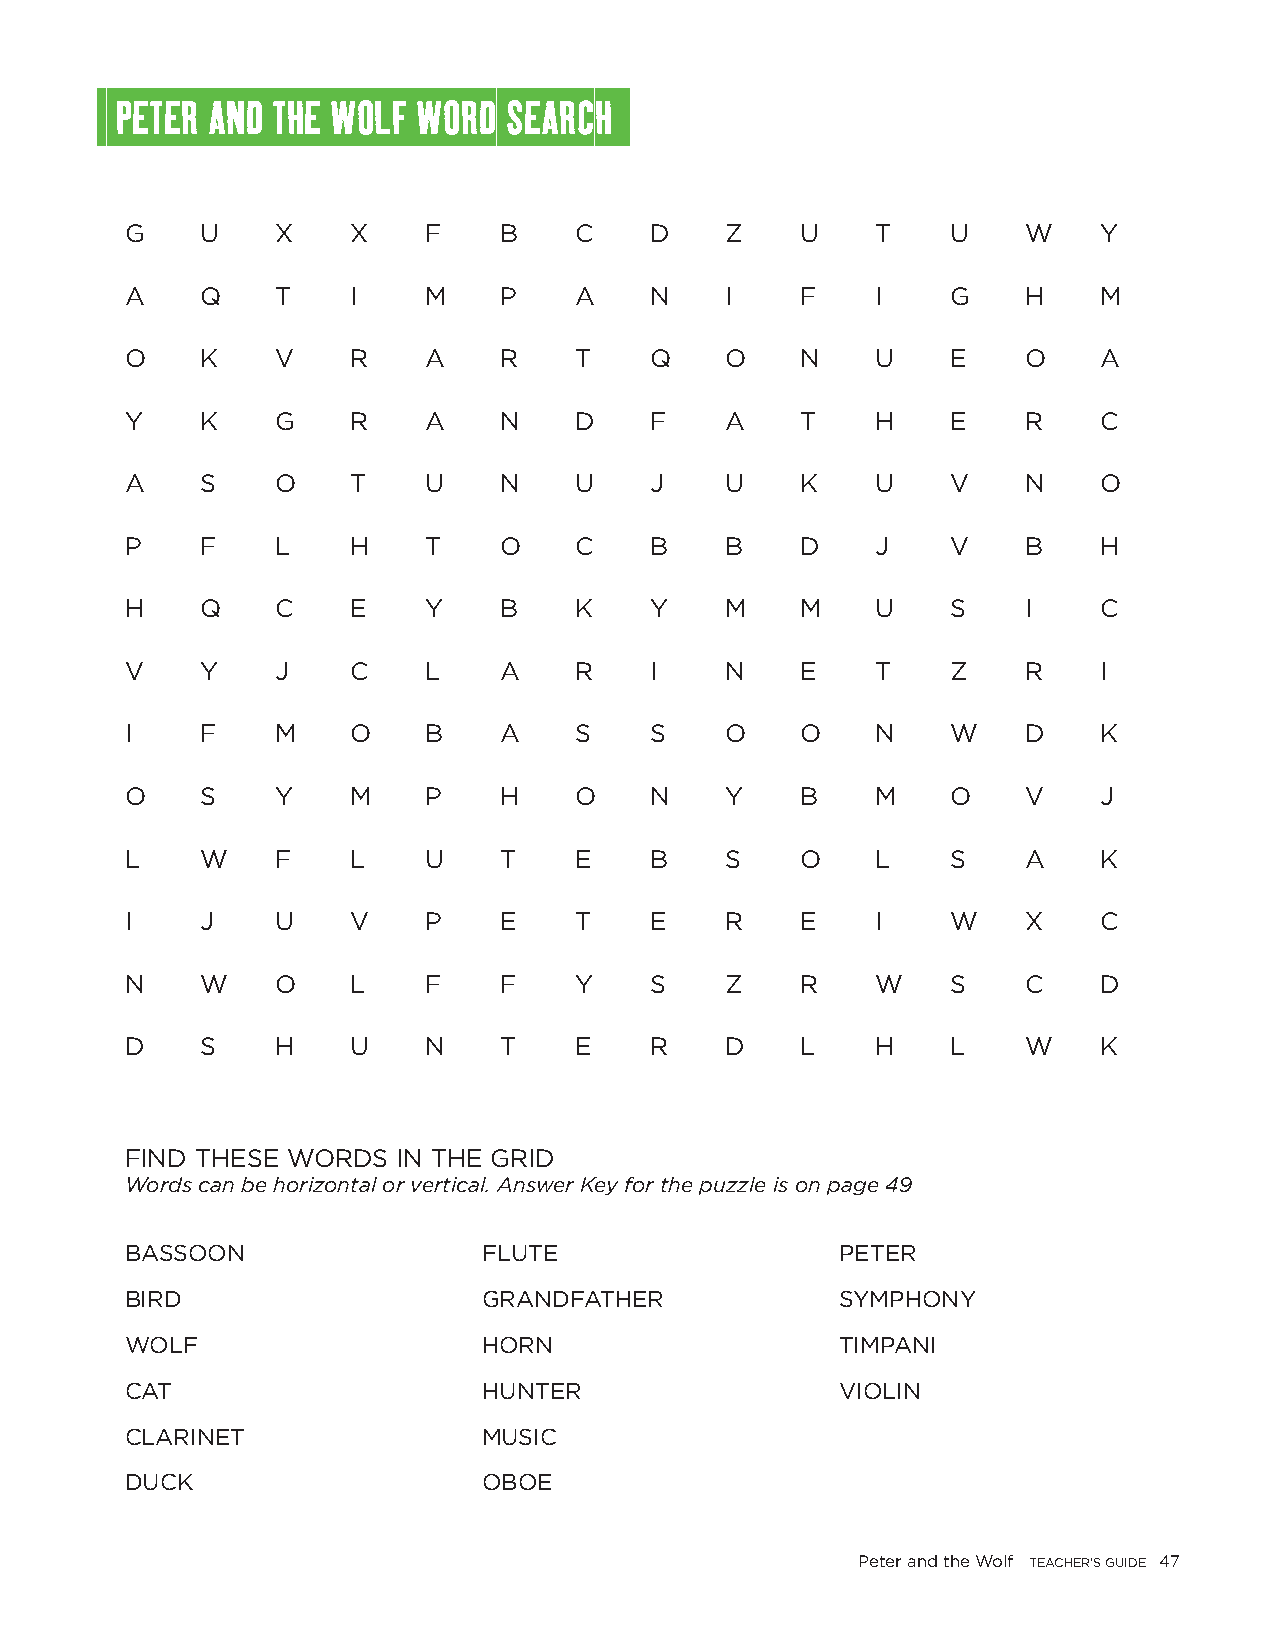
PETER AND THE WOLF  WORD SEARCH
 G    U    X    X    F    B    C    D    Z    U    T    U    W    Y
 A    Q    T    I    M    P    A    N    I    F    I    G    H    M
 O    K    V    R    A    R    T    Q    O    N    U    E    O    A
 Y    K    G    R    A    N    D    F    A    T    H    E    R    C
 A    S    O    T    U    N    U    J    U    K    U    V    N    O
 P    F    L    H    T    O    C    B    B    D    J    V    B    H
 H    Q    C    E    Y    B    K    Y    M    M    U    S    I    C
 V    Y    J    C    L    A    R    I    N    E    T    Z    R    I
 I    F    M    O    B    A    S    S    O    O    N    W    D    K
 O    S    Y    M    P    H    O    N    Y    B    M    O    V    J
 L    W    F    L    U    T    E    B    S    O    L    S    A    K
 I    J    U    V    P    E    T    E    R    E    I    W    X    C
 N    W    O    L    F    F    Y    S    Z    R    W    S    C    D
 D    S    H    U    N    T    E    R    D    L    H    L    W    K
 FIND THESE WORDS  IN THE GRID
 Words can be horizontal or vertical. Answer Key for the puzzle is on page 49
 BASSOON                 FLUTE                   PETER
 BIRD                    GRANDFATHER             SYMPHONY
 WOLF                    HORN                    TIMPANI
 CAT                     HUNTER                  VIOLIN
 CLARINET                MUSIC
 DUCK                    OBOE
 Peter and the Wolf TEACHER’S GUIDE 47